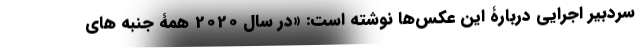
سردبیر اجرایی دربارۀ این عکس‌ها نوشته است: «در سال 2020 همۀ جنبه های